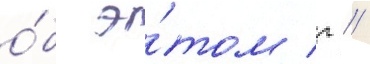
о́б э́том г //